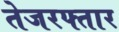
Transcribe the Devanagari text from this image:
तेजरफ्तार